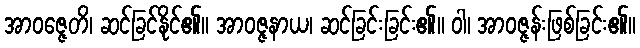
အာဝဇ္ဇေတိ၊ ဆင်ခြင်နိုင်၏။ အာဝဇ္ဇနာယ၊ ဆင်ခြင်းခြင်း၏။ ဝါ၊ အာဝဇ္ဇန်းဖြစ်ခြင်း၏။